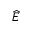
\widehat { E }